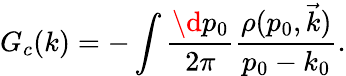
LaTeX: G_{c}(k)=-\int\frac{\d p_{0}}{2\pi}\frac{\rho(p_{0},\vec{k})}{p_{0}-k_{0}}.